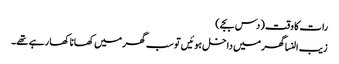
رات کا وقت (دس بجے)
زیب النسا گھر میں داخل ہوئیں تو سب گھر میں کھانا کھا رہے تھے۔